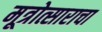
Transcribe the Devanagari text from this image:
मूत्रोत्साराचा